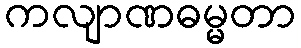
ကလျာဏဓမ္မတာ